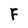
Character: F